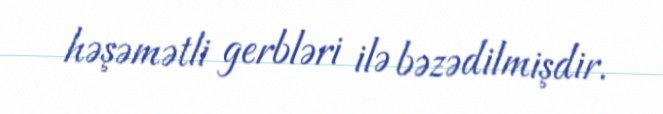
həşəmətli gerbləri ilə bəzədilmişdir.